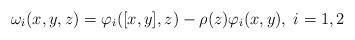
LaTeX: \begin{align*} \omega_i(x,y,z)=\varphi_i([x,y],z)-\rho(z)\varphi_i(x,y),\;i=1,2\end{align*}